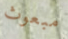
مبعوث